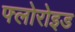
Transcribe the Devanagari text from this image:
फ्लोरोइड